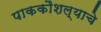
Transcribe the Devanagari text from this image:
पाककौशल्याचे